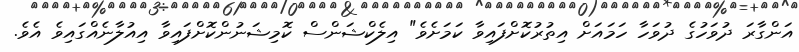
އަންގާރަ ދުވަހުގެ ދުވަހާ ހަމައަށް އިތުރުކޮށްފައިވާ ކަމަށެވެ" އިލެކްޝަންސް ކޮމިޝަނުންކޮށްފައިވާ އިއުލާނެއްގައިވެ އެވެ.